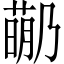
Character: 𬝡